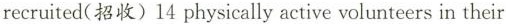
recruited(招收)14 physically active volunteers in their